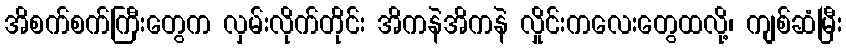
အိစက်စက်ကြီးတွေက လှမ်းလိုက်တိုင်း အိကနဲအိကနဲ လှိုင်းကလေးတွေထလို့၊ ကျစ်ဆံမြီး